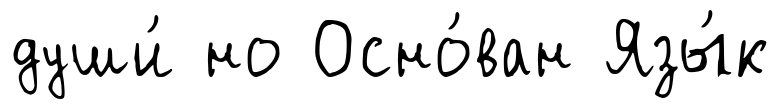
души́ но Осно́ван Язы́к